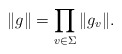
\begin{align*} \|g\|=\prod_{v\in\Sigma}\|g_v\|.\end{align*}